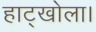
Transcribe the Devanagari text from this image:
हाट्खोला।